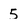
Character: 5